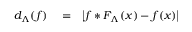
\begin{array} { r l r } { d _ { \Lambda } ( f ) } & { { } = } & { \left| f * F _ { \Lambda } ( x ) - f ( x ) \right| } \end{array}